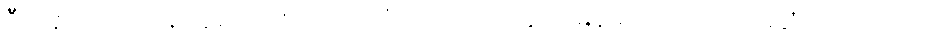
ဦးပဏ္ဍိလေးဘဝနဲ့ သူရေးတဲ့စာ လက်သံပြောင်တဲ့အတွက် မြန်မာပြည်မှာ ပထမဆုံးလောက်ကျတဲ့